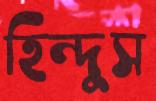
হিন্দুস